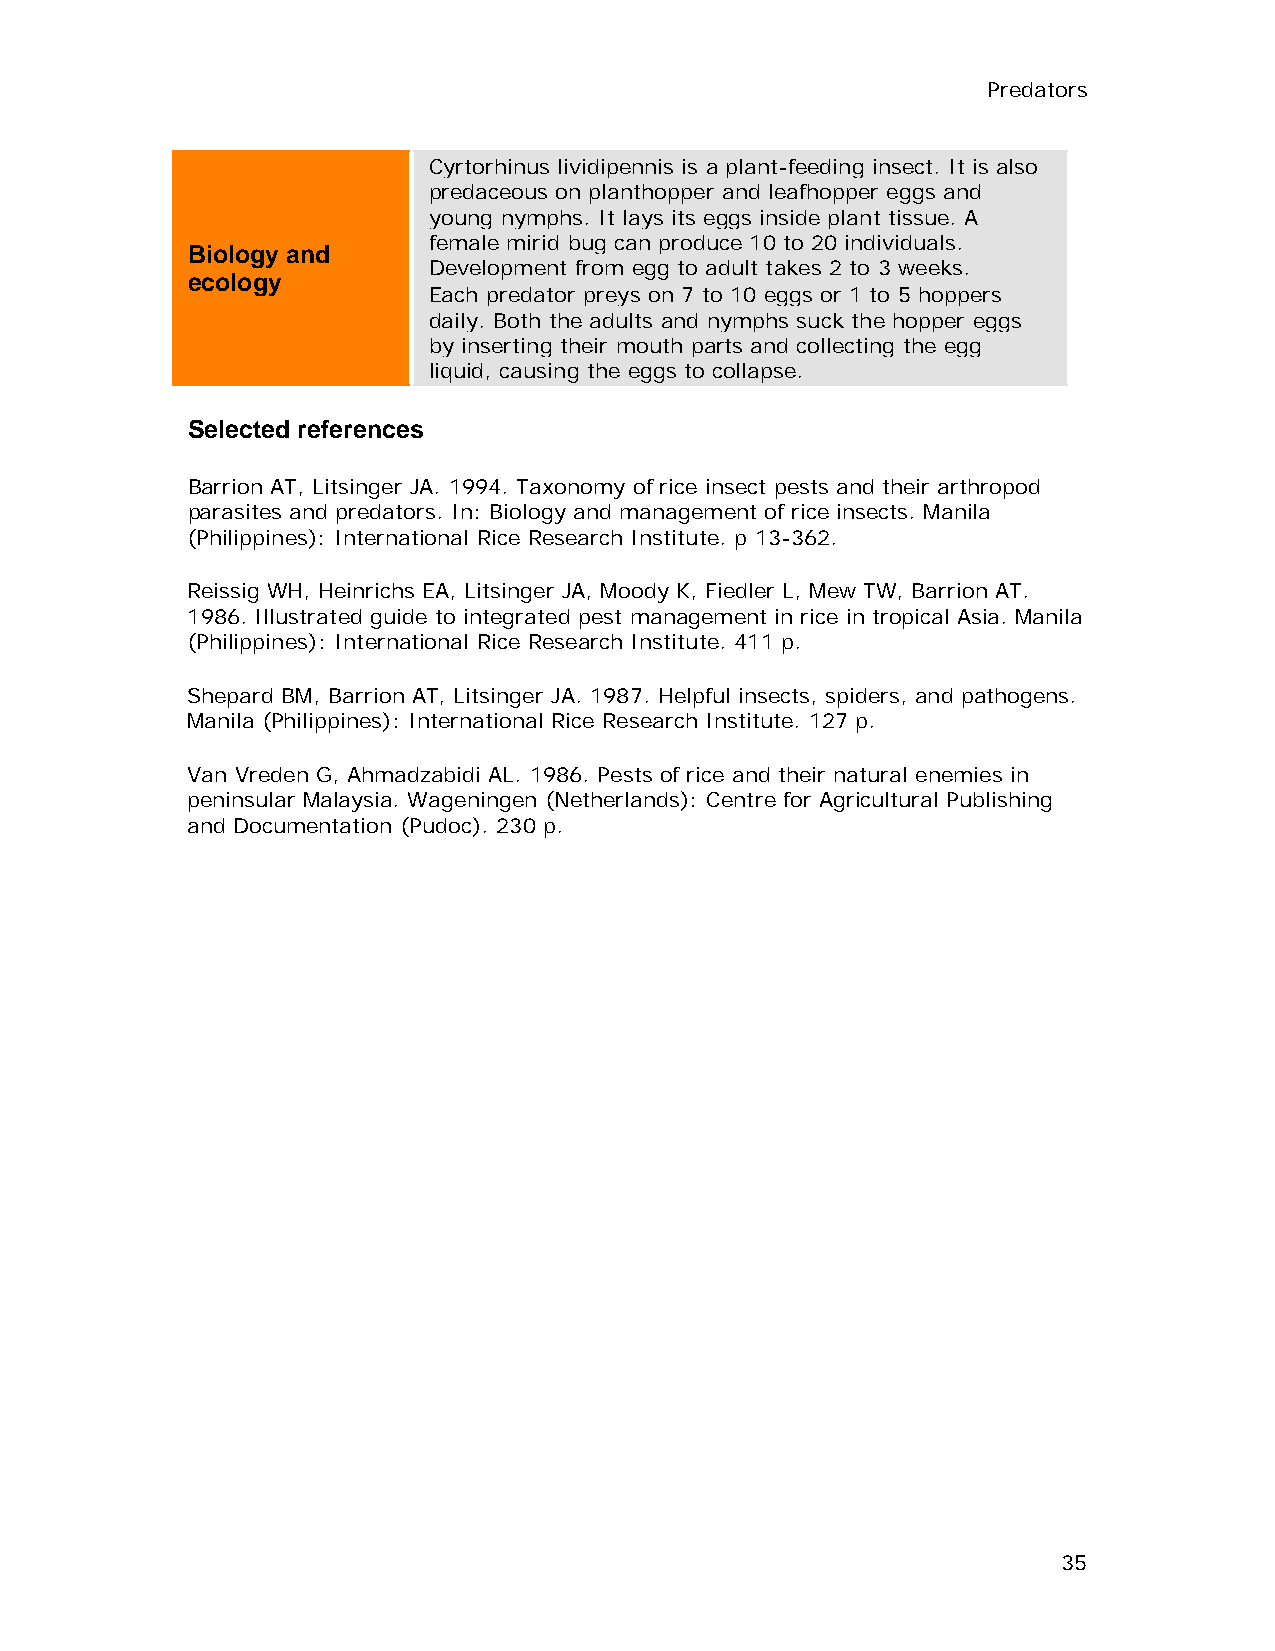
Predators
 Cyrtorhinus lividipennis is a plant-feeding insect. It is also
 predaceous on planthopper and leafhopper eggs and
 young nymphs. It lays its eggs inside plant tissue. A
 female mirid bug can produce 10 to 20 individuals.
 Biology and
 Development from egg to adult takes 2 to 3 weeks.
 ecology
 Each predator preys on 7 to 10 eggs or 1 to 5 hoppers
 daily. Both the adults and nymphs suck the hopper eggs
 by inserting their mouth parts and collecting the egg
 liquid, causing the eggs to collapse.
 Selected references
 Barrion AT, Litsinger JA. 1994. Taxonomy of rice insect pests and their arthropod
 parasites and predators. In: Biology and management of rice insects. Manila
 (Philippines): International Rice Research Institute. p 13-362.
 Reissig WH, Heinrichs EA, Litsinger JA, Moody K, Fiedler L, Mew TW, Barrion AT.
 1986. Illustrated guide to integrated pest management in rice in tropical Asia. Manila
 (Philippines): International Rice Research Institute. 411 p.
 Shepard BM, Barrion AT, Litsinger JA. 1987. Helpful insects, spiders, and pathogens.
 Manila (Philippines): International Rice Research Institute. 127 p.
 Van Vreden G, Ahmadzabidi AL. 1986. Pests of rice and their natural enemies in
 peninsular Malaysia. Wageningen (Netherlands): Centre for Agricultural Publishing
 and Documentation (Pudoc). 230 p.
 35